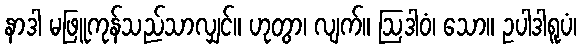
နာဒါ မဖြူကုန်သည်သာလျှင်။ ဟုတွာ၊ လျက်။ ဩဒါဝံ၊ သော။ ဥပါဒါရူပံ၊